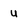
Character: u